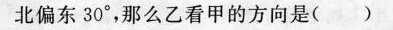
北偏东30°，那么乙看甲的方向是( )